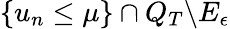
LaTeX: \{ u_{n}\leq\mu\} \cap Q_{T}\backslash E_{\epsilon}